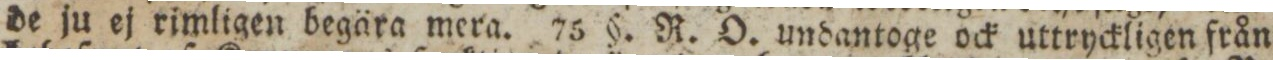
de ju ej rimligen begära mera. 75 §. R. O. undantoge ock uttryckligen från